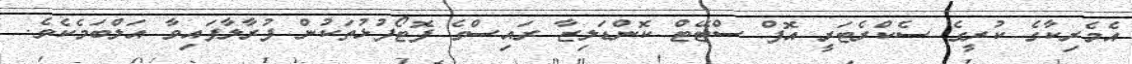
އެމެރިކާގެ ކުރީގެ ސެކްރެޓަރީ އޮފް ސްޓޭޓް ކޮންޑަލިޒާ ރައިސްގެ ފޮޓޯފުޅުތަކުން ފުރާލާފައިވާ އަލްބަމެކެވެ.